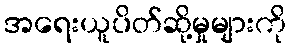
အရေးယူပိတ်ဆို့မှုများကို